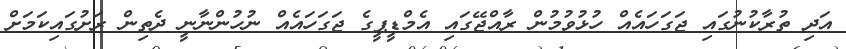
އަދި ތުރާކުނުގައި ޖަގަހައެއް ހުޅުވުމުން ރާއްޖޭގައި އެމްޑީޕީގެ ޖަގަހައެއް ނުހުންނާނީ ދެތިން ރަށުގައިކަމަށް